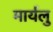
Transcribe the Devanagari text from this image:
मार्यलु